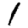
Digit: 1